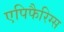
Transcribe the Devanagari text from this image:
एपिफैरिग्स